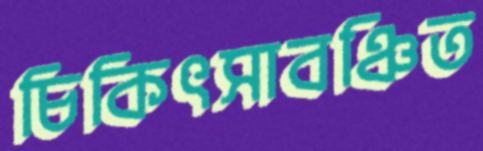
চিকিৎসাবঞ্চিত